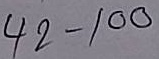
42 - 100